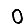
Digit: 0